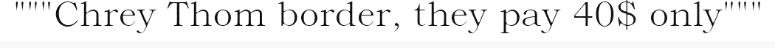
"""Chrey Thom border, they pay 40$ only"""